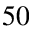
5 0